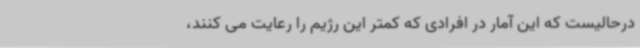
درحالیست که این آمار در افرادی که کمتر این رژیم را رعایت می کنند،